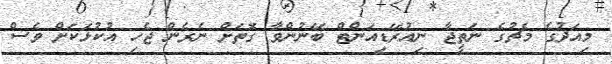
މިއަދުގެ މެޗުގެ ނަތީޖާ ނިއުރޭޑިއަންޓް ބޭނުންވާ ގޮތަށް ނެރެން ޖެހި އުކުޅަކަށް ވެސް